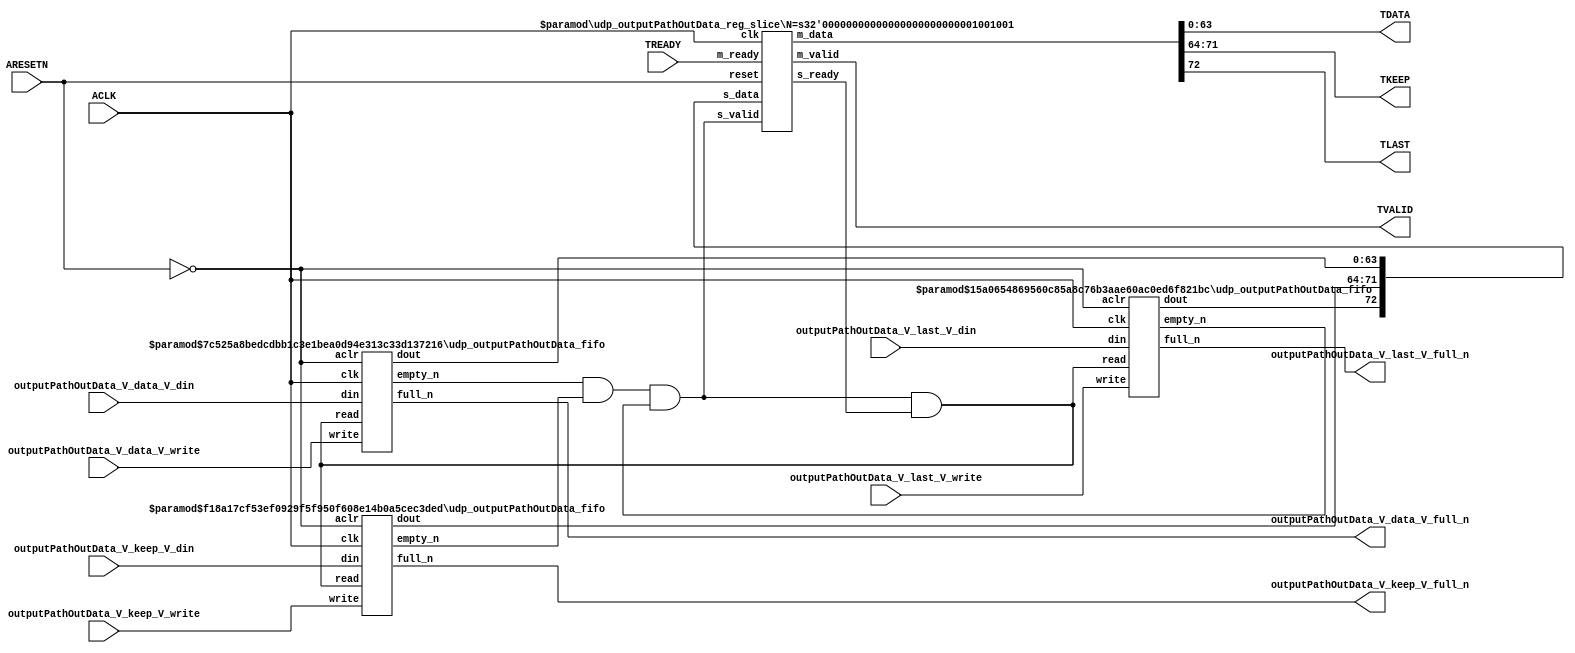
// ==============================================================
// File generated by Vivado(TM) HLS - High-Level Synthesis from C, C++ and SystemC
// Version: 2015.1
// Copyright (C) 2015 Xilinx Inc. All rights reserved.
// 
// ==============================================================


`timescale 1ns/1ps

module udp_outputPathOutData_if (
    // AXI4-Stream singals
    input  wire        ACLK,
    input  wire        ARESETN,
    output wire        TVALID,
    input  wire        TREADY,
    output wire [63:0] TDATA,
    output wire [7:0]  TKEEP,
    output wire [0:0]  TLAST,
    // User signals
    input  wire [63:0] outputPathOutData_V_data_V_din,
    output wire        outputPathOutData_V_data_V_full_n,
    input  wire        outputPathOutData_V_data_V_write,
    input  wire [7:0]  outputPathOutData_V_keep_V_din,
    output wire        outputPathOutData_V_keep_V_full_n,
    input  wire        outputPathOutData_V_keep_V_write,
    input  wire [0:0]  outputPathOutData_V_last_V_din,
    output wire        outputPathOutData_V_last_V_full_n,
    input  wire        outputPathOutData_V_last_V_write
);
//------------------------Local signal-------------------
// FIFO
wire [0:0]  fifo_read;
wire [0:0]  fifo_empty_n;
wire [63:0] outputPathOutData_V_data_V_dout;
wire [0:0]  outputPathOutData_V_data_V_empty_n;
wire [7:0]  outputPathOutData_V_keep_V_dout;
wire [0:0]  outputPathOutData_V_keep_V_empty_n;
wire [0:0]  outputPathOutData_V_last_V_dout;
wire [0:0]  outputPathOutData_V_last_V_empty_n;
// register slice
wire [0:0]  s_valid;
wire [0:0]  s_ready;
wire [72:0] s_data;
wire [0:0]  m_valid;
wire [0:0]  m_ready;
wire [72:0] m_data;

//------------------------Instantiation------------------
// rs
udp_outputPathOutData_reg_slice #(
    .N       ( 73 )
) rs (
    .clk     ( ACLK ),
    .reset   ( ARESETN ),
    .s_data  ( s_data ),
    .s_valid ( s_valid ),
    .s_ready ( s_ready ),
    .m_data  ( m_data ),
    .m_valid ( m_valid ),
    .m_ready ( m_ready )
);

// outputPathOutData_V_data_V_fifo
udp_outputPathOutData_fifo #(
    .DATA_BITS  ( 64 ),
    .DEPTH_BITS ( 4 )
) outputPathOutData_V_data_V_fifo (
    .clk        ( ACLK ),
    .aclr       ( ~ARESETN ),
    .empty_n    ( outputPathOutData_V_data_V_empty_n ),
    .full_n     ( outputPathOutData_V_data_V_full_n ),
    .read       ( fifo_read ),
    .write      ( outputPathOutData_V_data_V_write ),
    .dout       ( outputPathOutData_V_data_V_dout ),
    .din        ( outputPathOutData_V_data_V_din )
);

// outputPathOutData_V_keep_V_fifo
udp_outputPathOutData_fifo #(
    .DATA_BITS  ( 8 ),
    .DEPTH_BITS ( 4 )
) outputPathOutData_V_keep_V_fifo (
    .clk        ( ACLK ),
    .aclr       ( ~ARESETN ),
    .empty_n    ( outputPathOutData_V_keep_V_empty_n ),
    .full_n     ( outputPathOutData_V_keep_V_full_n ),
    .read       ( fifo_read ),
    .write      ( outputPathOutData_V_keep_V_write ),
    .dout       ( outputPathOutData_V_keep_V_dout ),
    .din        ( outputPathOutData_V_keep_V_din )
);

// outputPathOutData_V_last_V_fifo
udp_outputPathOutData_fifo #(
    .DATA_BITS  ( 1 ),
    .DEPTH_BITS ( 4 )
) outputPathOutData_V_last_V_fifo (
    .clk        ( ACLK ),
    .aclr       ( ~ARESETN ),
    .empty_n    ( outputPathOutData_V_last_V_empty_n ),
    .full_n     ( outputPathOutData_V_last_V_full_n ),
    .read       ( fifo_read ),
    .write      ( outputPathOutData_V_last_V_write ),
    .dout       ( outputPathOutData_V_last_V_dout ),
    .din        ( outputPathOutData_V_last_V_din )
);

//------------------------Body---------------------------
//++++++++++++++++++++++++AXI4-Stream++++++++++++++++++++
assign TVALID = m_valid;
assign TDATA  = m_data[63:0];
assign TKEEP  = m_data[71:64];
assign TLAST  = m_data[72:72];

//+++++++++++++++++++++++++++++++++++++++++++++++++++++++

//++++++++++++++++++++++++Reigister Slice++++++++++++++++
assign s_valid = fifo_empty_n;
assign m_ready = TREADY;
assign s_data  = {outputPathOutData_V_last_V_dout, outputPathOutData_V_keep_V_dout, outputPathOutData_V_data_V_dout};

//+++++++++++++++++++++++++++++++++++++++++++++++++++++++

//++++++++++++++++++++++++FIFO+++++++++++++++++++++++++++
assign fifo_read    = fifo_empty_n & s_ready;
assign fifo_empty_n = outputPathOutData_V_data_V_empty_n & outputPathOutData_V_keep_V_empty_n & outputPathOutData_V_last_V_empty_n;

//+++++++++++++++++++++++++++++++++++++++++++++++++++++++

endmodule



`timescale 1ns/1ps

module udp_outputPathOutData_fifo
#(parameter
    DATA_BITS  = 8,
    DEPTH_BITS = 4
)(
    input  wire                 clk,
    input  wire                 aclr,
    output wire                 empty_n,
    output wire                 full_n,
    input  wire                 read,
    input  wire                 write,
    output wire [DATA_BITS-1:0] dout,
    input  wire [DATA_BITS-1:0] din
);
//------------------------Parameter----------------------
localparam
    DEPTH = 1 << DEPTH_BITS;
//------------------------Local signal-------------------
reg                   empty;
reg                   full;
reg  [DEPTH_BITS-1:0] index;
reg  [DATA_BITS-1:0]  mem[0:DEPTH-1];
//------------------------Body---------------------------
assign empty_n = ~empty;
assign full_n  = ~full;
assign dout    = mem[index];

// empty
always @(posedge clk or posedge aclr) begin
    if (aclr)
        empty <= 1'b1;
    else if (empty & write & ~read)
        empty <= 1'b0;
    else if (~empty & ~write & read & (index==1'b0))
        empty <= 1'b1;
end

// full
always @(posedge clk or posedge aclr) begin
    if (aclr)
        full <= 1'b0;
    else if (full & read & ~write)
        full <= 1'b0;
    else if (~full & ~read & write & (index==DEPTH-2'd2))
        full <= 1'b1;
end

// index
always @(posedge clk or posedge aclr) begin
    if (aclr)
        index <= {DEPTH_BITS{1'b1}};
    else if (~empty & ~write & read)
        index <= index - 1'b1;
    else if (~full & ~read & write)
        index <= index + 1'b1;
end

// mem
always @(posedge clk) begin
    if (~full & write) mem[0] <= din;
end

genvar i;
generate
    for (i = 1; i < DEPTH; i = i + 1) begin : gen_sr
        always @(posedge clk) begin
            if (~full & write) mem[i] <= mem[i-1];
        end
    end
endgenerate

endmodule

`timescale 1ns/1ps

module udp_outputPathOutData_reg_slice
#(parameter
    N = 8   // data width
) (
    // system signals
    input  wire         clk,
    input  wire         reset,
    // slave side
    input  wire [N-1:0] s_data,
    input  wire         s_valid,
    output wire         s_ready,
    // master side
    output wire [N-1:0] m_data,
    output wire         m_valid,
    input  wire         m_ready
);
//------------------------Parameter----------------------
// state
localparam [1:0]
    ZERO = 2'b10,
    ONE  = 2'b11,
    TWO  = 2'b01;
//------------------------Local signal-------------------
reg  [N-1:0] data_p1;
reg  [N-1:0] data_p2;
wire         load_p1;
wire         load_p2;
wire         load_p1_from_p2;
reg          s_ready_t;
reg  [1:0]   state;
reg  [1:0]   next;
//------------------------Body---------------------------
assign s_ready = s_ready_t;
assign m_data  = data_p1;
assign m_valid = state[0];

assign load_p1 = (state == ZERO && s_valid) ||
                 (state == ONE && s_valid && m_ready) ||
                 (state == TWO && m_ready);
assign load_p2 = s_valid & s_ready;
assign load_p1_from_p2 = (state == TWO);

// data_p1
always @(posedge clk) begin
    if (load_p1) begin
        if (load_p1_from_p2)
            data_p1 <= data_p2;
        else
            data_p1 <= s_data;
    end
end

// data_p2
always @(posedge clk) begin
    if (load_p2) data_p2 <= s_data;
end

// s_ready_t
always @(posedge clk) begin
    if (~reset)
        s_ready_t <= 1'b0;
    else if (state == ZERO)
        s_ready_t <= 1'b1;
    else if (state == ONE && next == TWO)
        s_ready_t <= 1'b0;
    else if (state == TWO && next == ONE)
        s_ready_t <= 1'b1;
end

// state
always @(posedge clk) begin
    if (~reset)
        state <= ZERO;
    else
        state <= next;
end

// next
always @(*) begin
    case (state)
        ZERO:
            if (s_valid & s_ready)
                next = ONE;
            else
                next = ZERO;
        ONE:
            if (~s_valid & m_ready)
                next = ZERO;
            else if (s_valid & ~m_ready)
                next = TWO;
            else
                next = ONE;
        TWO:
            if (m_ready)
                next = ONE;
            else
                next = TWO;
        default:
            next = ZERO;
    endcase
end

endmodule